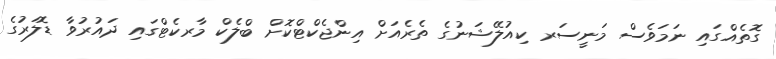
ގޮތެއްގައި ނަމަވެސް މަނީސަރ ކިއުލޭޝަނުގެ ތެރެއަށް އިންޖެކްޓްކޮށް ބްލެކް މާރކެޓްގައި ދައުރުވާ ޑޮލަރުގެ